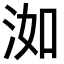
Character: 洳